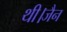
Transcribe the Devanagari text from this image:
थी।जैन